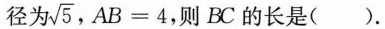
径为 \sqrt{5} ，$$A B = 4$$，则BC的长是()。